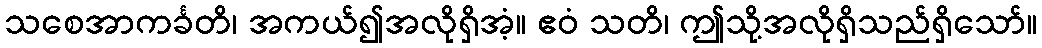
သစေအာကင်္ခတိ၊ အကယ်၍အလိုရှိအံ့။ ဧဝံ သတိ၊ ဤသို့အလိုရှိသည်ရှိသော်။